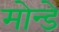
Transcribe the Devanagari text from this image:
मोन्डे